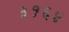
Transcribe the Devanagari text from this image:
३१६४